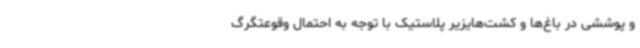
و پوششی در باغ‌ها و کشت‌هایزیر پلاستیک با توجه به احتمال وقوعتگرگ